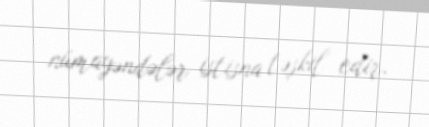
nümayəndələr istisna təşkil edir.